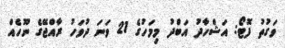
ވަގުތު ފޮޓޯ: އަޝްހާދު އަބްދު މިމަހުގެ 21 ވަނަ ދުވަހު ރާއްޖޭގެ ނޫހެއް